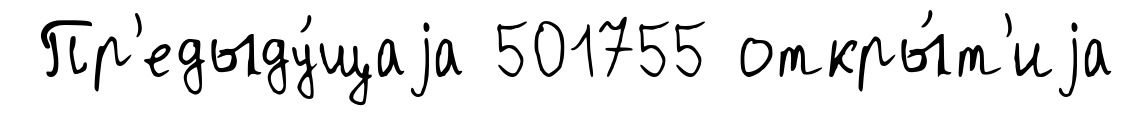
Пр'едыду́щаjа 501755 откры́т'иjа